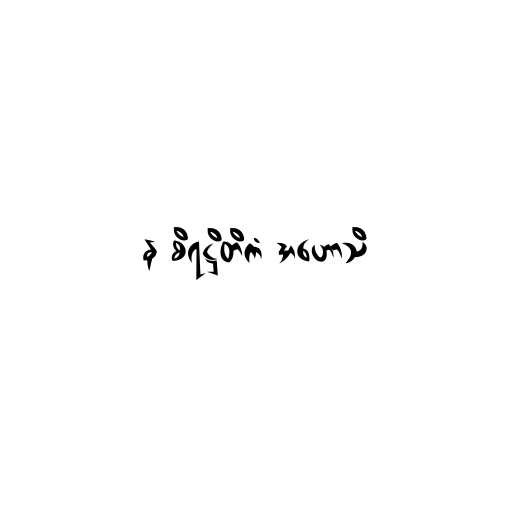
န စိရဋ္ဌိတိကံ အဟောသိ